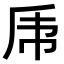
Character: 𠂰